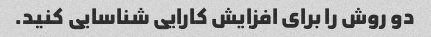
دو روش را برای افزایش کارایی شناسایی کنید.